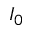
I _ { 0 }